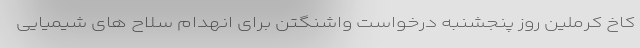
کاخ کرملین روز پنجشنبه درخواست واشنگتن برای انهدام سلاح های شیمیایی